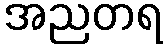
အညတရ